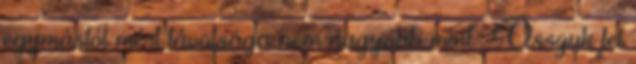
egymástól mért távolsága nem nagyobb mint . Osszuk fel